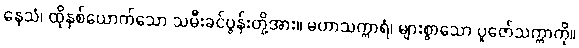
နေသံ၊ ထိုနှစ်ယောက်သော သမီးခင်ပွန်းတို့အား။ မဟာသက္ကာရံ၊ များစွာသော ပူဇော်သက္ကာကို။